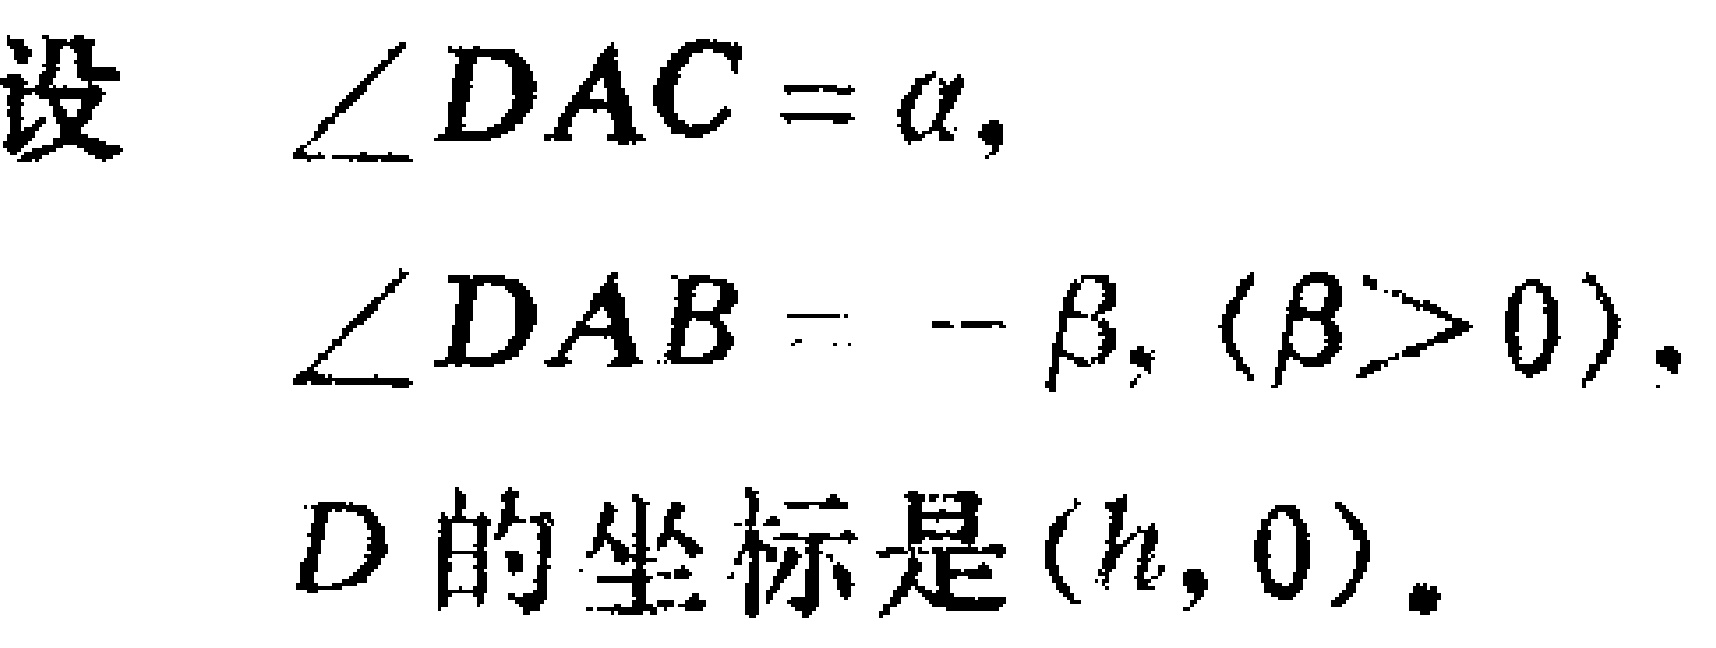
设 $\angle DAC = \alpha,$
$\angle DAB = -\beta, (\beta > 0).$
$D$ 的坐标是 $(h, 0).$